65_HS1-834228961_62-HQ-83894_Section_5
Agency: FBI
Page 192
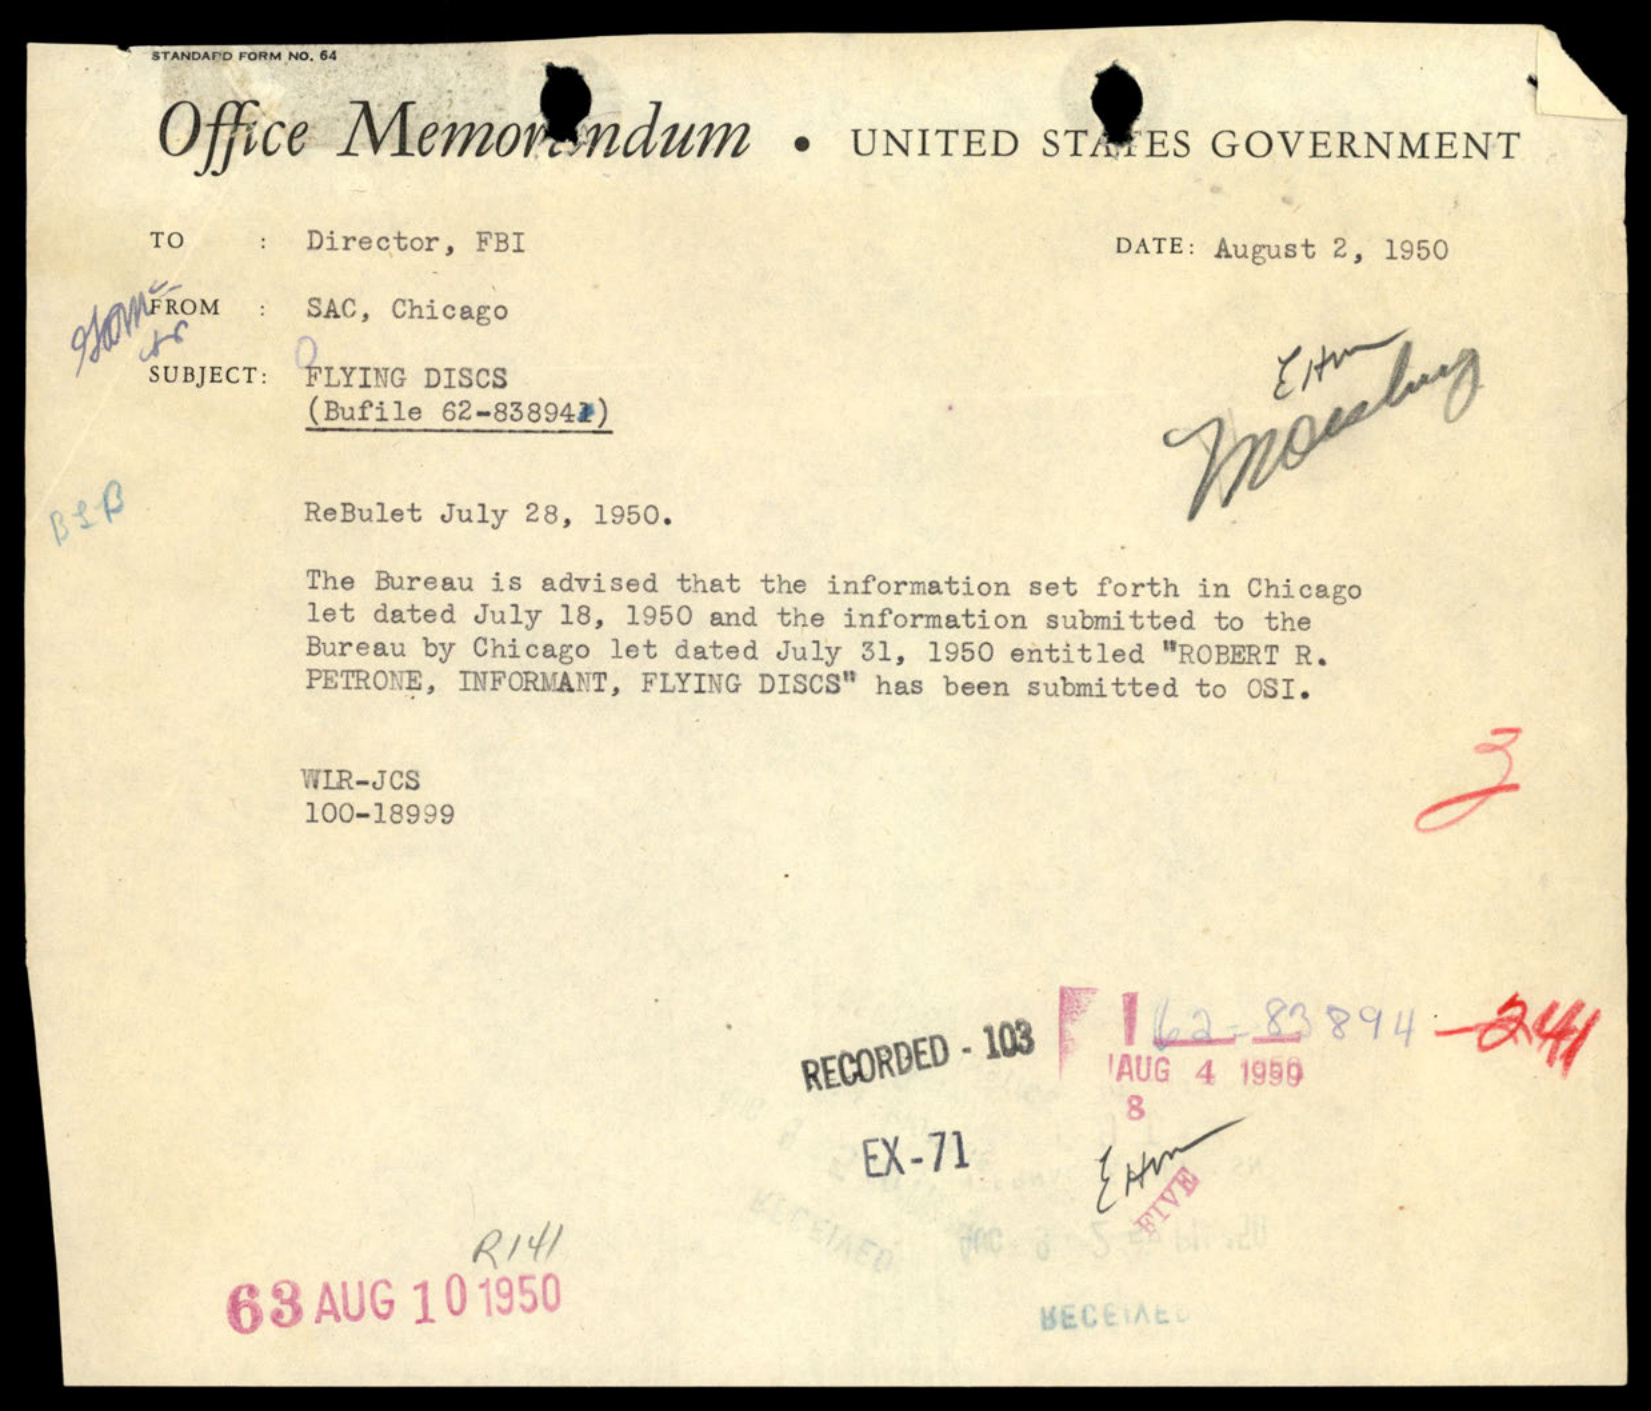